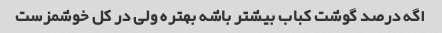
اگه درصد گوشت کباب بیشتر باشه بهتره ولی در کل خوشمزست